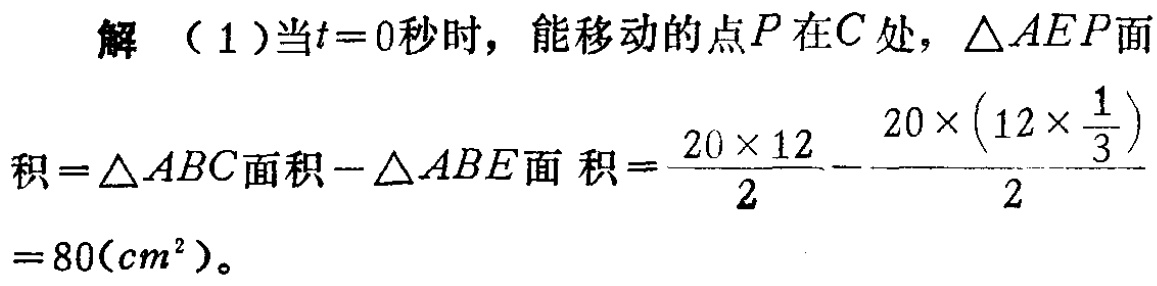
解（1）当\(t = 0\)秒时，能移动的点\(P\)在\(C\)处，\(\triangle AEP\)面

积\(=\triangle ABC\)面积\(-\triangle ABE\)面 积\(=\dfrac{20\times 12}{2}-\dfrac{20\times \left(12\times \dfrac{1}{3}\right)}{2}=80(cm^{2})\)。